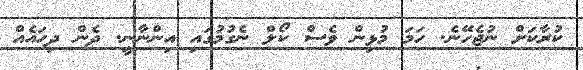
ކުރާކަށް ނުޖެހޭނެ. ހަމަ މުޅިން ވެސް ކޯލް ނެގުމުގައި އިންނާނީ. ދެން ދިހައެއް